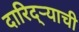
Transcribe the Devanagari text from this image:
दारिद्ऱ्याची